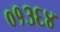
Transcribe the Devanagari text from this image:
०१३६४